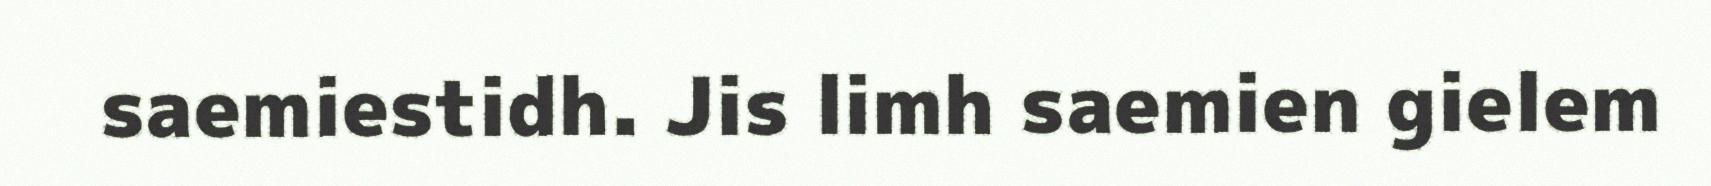
saemiestidh. Jis limh saemien gielem